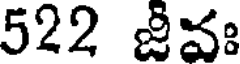
522 జీవః